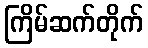
ကြိမ်ဆက်တိုက်